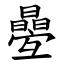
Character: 㬪